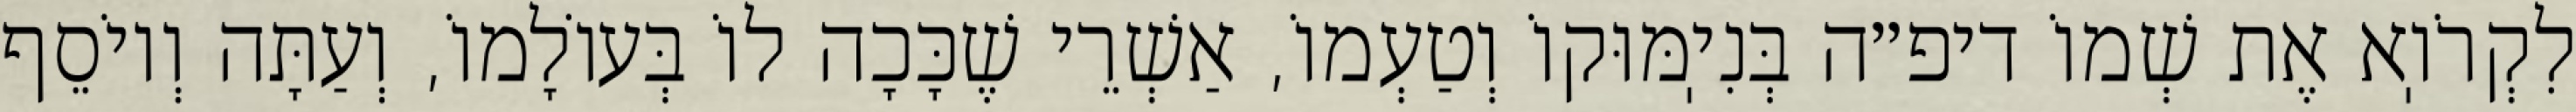
לִקְרֹוֽא אֶת שְׁמוֹ דיפ״ה בְּנִיֽמּוּקוֹ וְטַעְמוֹ, אַשְׁרֵי שֶׁכָּכָה לוֹ בְּעוֹלָמוֹ, וְעַתָּה וְיוֹסֵף